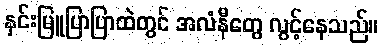
နှင်းမြူပြာပြာထဲတွင် အလံနီတွေ လွင့်နေသည်။